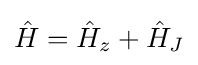
{\hat {H}}={\hat {H}}_{z}+{\hat {H}}_{J}